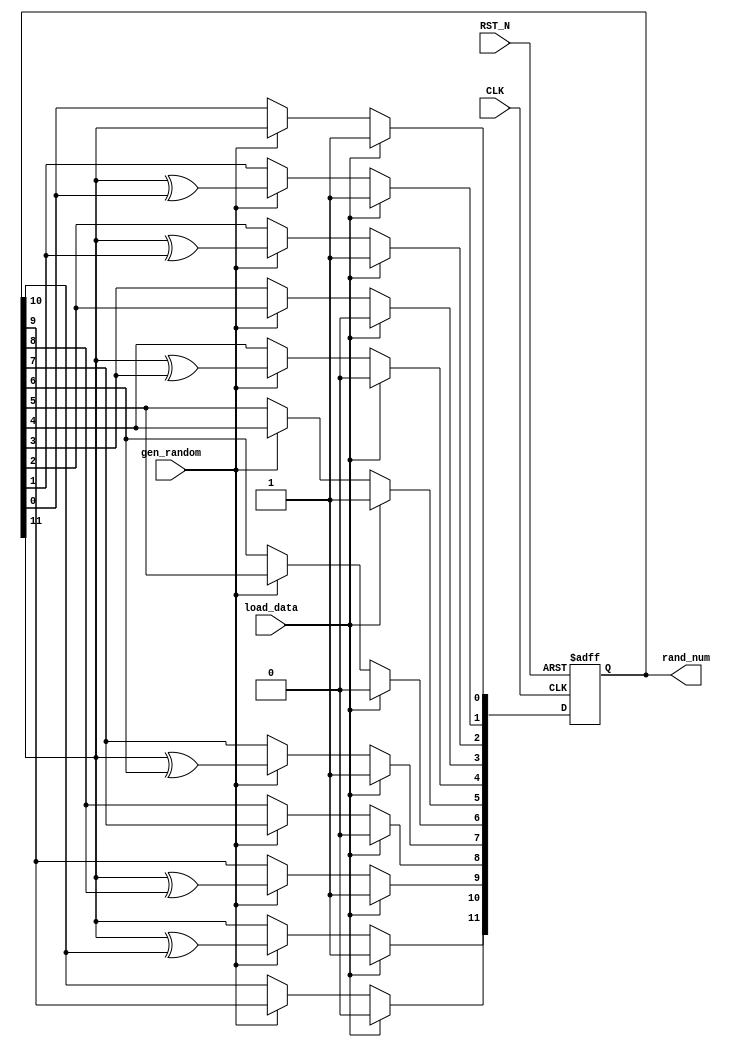
`timescale 1ns / 1ps
//////////////////////////////////////////////////////////////////////////////////
// Company: 
// Engineer: 
// 
// Design Name: 
// Module Name: LSFR_Random
// Project Name: 
// Target Devices: 
// Tool Versions: 
// Description: 
// 
// Dependencies: 
// 
// Revision:
// Revision 0.01 - File Created
// Additional Comments:
// 
//////////////////////////////////////////////////////////////////////////////////

module LSFR_Random(
    input wire CLK,
    input wire RST_N,
    input wire gen_random,
    input wire load_data,
    
    output reg [11:0] rand_num
);

always@(posedge CLK , negedge RST_N) begin
    if(!RST_N)begin
        rand_num <= 12'b101010100111;       
    end
    else if(load_data)begin
        rand_num <= 12'b101010100111;//12'b101010100111
    end
    else if(gen_random)begin
        rand_num[0] <= rand_num[11];
        rand_num[1] <= rand_num[11] ^ rand_num[0];
        rand_num[2] <= rand_num[11] ^ rand_num[1];
        rand_num[3] <= rand_num[2];
        rand_num[4] <= rand_num[11] ^ rand_num[3];
        rand_num[5] <= rand_num[4];
        rand_num[6] <= rand_num[5];
        rand_num[7] <= rand_num[11] ^ rand_num[6];
        rand_num[8] <= rand_num[7];
        rand_num[9] <= rand_num[11] ^ rand_num[8];
        rand_num[10] <= rand_num[9];
        rand_num[11] <= rand_num[11] ^ rand_num[10];
    end
end

endmodule